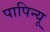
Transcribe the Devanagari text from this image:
पापिन्यू